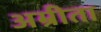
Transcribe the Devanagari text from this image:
अम्रीता